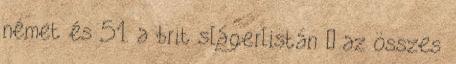
német és 51. a brit slágerlistán – az összes